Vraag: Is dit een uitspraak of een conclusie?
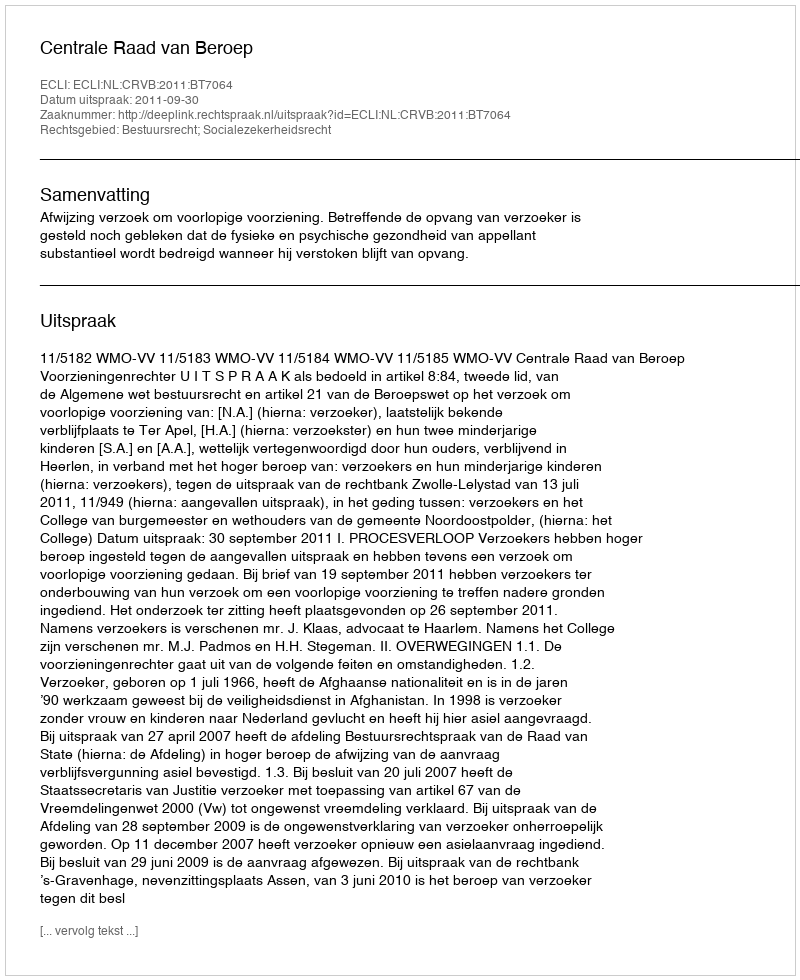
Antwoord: Uitspraak